Civil Veterinary Department. United Provinces 1932-42 - 1932-1942
Year: 1932
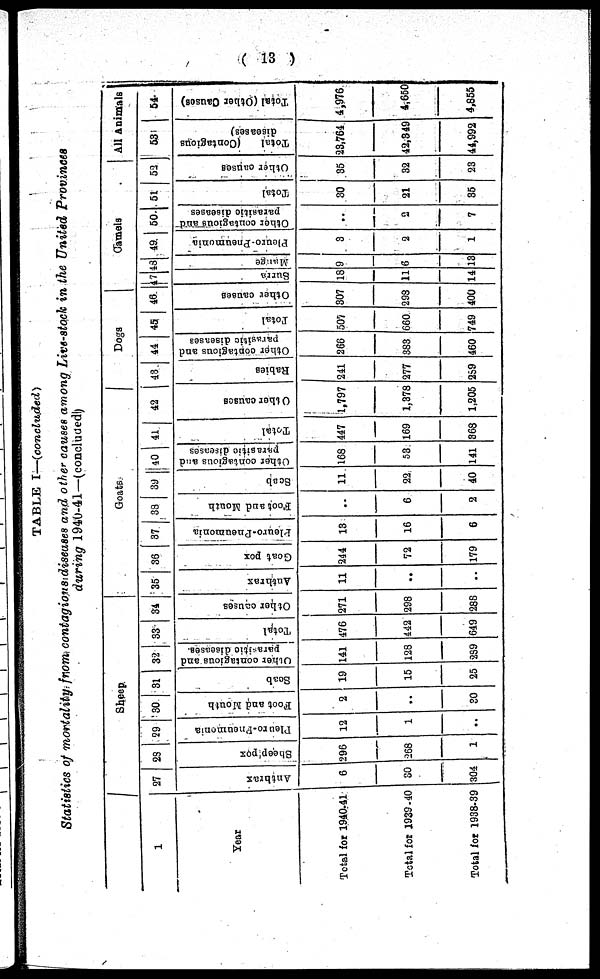
( 13 )
TABLE I—(concluded)
Statistics of mortality from contagious diseases and other causes among Live-stock in the United Provinces
during 1940-41—(concluded)
1
Year
Total for 1940-41
Total for 1939-40
Total for 1938-39
Sheep
27
Anthrax
6
30
304
28
Sheep'pox
296
268
1
29
Pleuro-Pneumonia
12
1
..
30
Foot and Mouth
2
..
30
31
Soab
19
15
25
32
Other
contagious and
parasitic diseases.
141
123
259
33
Total
476
442
649
34
Other causes
271
298
286
Goats
35
Anthrax
11
..
..
36
Goat pox
244
72
179
37
Pleuro-Pnenuonia
13
16
6
33
Foot and Mouth
..
6
2
39
Scab
11
22
40
40
Other contagious and
parasitic diseases
168
53
141
41
Total
447
169
363
42
Other causes
1,797
1,378
1,205
Dogs
43
Rabies
241
277
259
44
Other contagious and
parasitic diseases
266
383
460
45
Total
507
660
749
46
Other causes
307
293
400
Camels
47
Surra
18
11
14
48
Mange
9
6
13
49
Pleuro-Pneumonia
3
2
1
50
Other
contagious and
parasitic diseases
..
2
7
51
Total
30
21
35
52
Other causes
35
32
23
All Animals
53
Total
(Contagious
diseases)
23,764
42,349
44,992
54
Total (Other Causes)
4,976
4,650
4,855